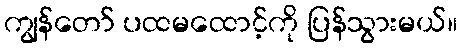
ကျွန်တော် ပထမထောင့်ကို ပြန်သွားမယ်။